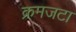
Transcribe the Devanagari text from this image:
क्रमजटा